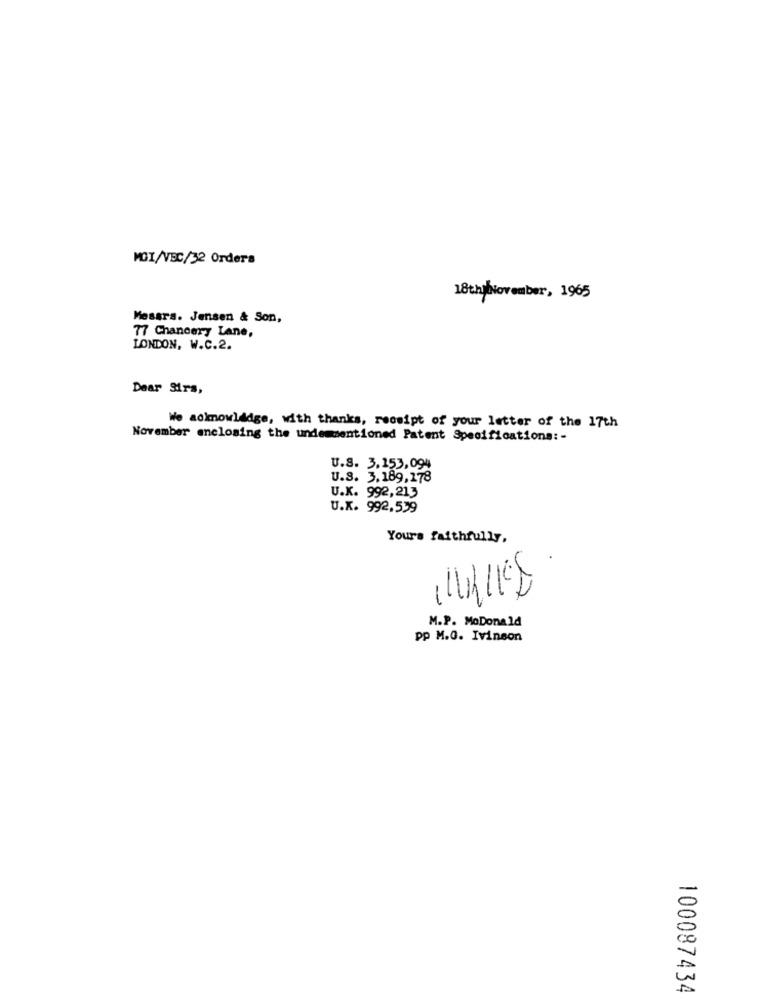
MOI/VBC/32 Orders
18thilNovember, 1965
Mesars. Jensen & Son,
77 Chancery Lane,
LONDON, W.C.2.
Dear Sirs,
We ackmowlidge, with thanks, receipt of your letter of the 17th
November enclosing the undemmentioned Patent Specifications :-
U.S. 3,153,094
U.S. 3,189,178
U.K. 992,213
U.K. 992,559
Yours faithfully,
--
M.P. MoDonald
pp M.O. Ivinson
100087434